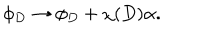
\phi _ { D } \rightarrow \phi _ { D } + \chi ( D ) \alpha .